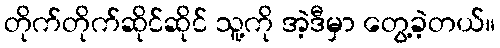
တိုက်တိုက်ဆိုင်ဆိုင် သူ့ကို အဲ့ဒီမှာ တွေ့ခဲ့တယ်။